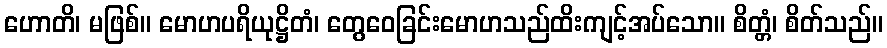
ဟောတိ၊ မဖြစ်။ မောဟပရိယုဋ္ဌိတံ၊ တွေဝေခြင်းမောဟသည်ထိးကျင့်အပ်သော။ စိတ္တံ၊ စိတ်သည်။